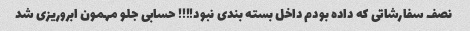
نصف سفارشاتی که داده بودم داخل بسته بندی نبود!!!! حسابی جلو مهمون ابروریزی شد